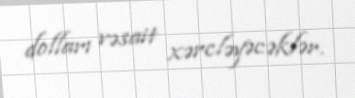
dolları vəsait xərcləyəcəklər.